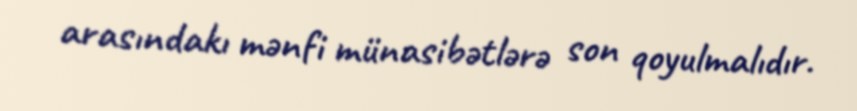
arasındakı mənfi münasibətlərə son qoyulmalıdır.